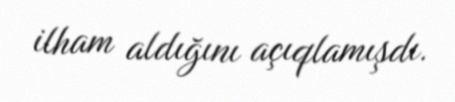
ilham aldığını açıqlamışdı.